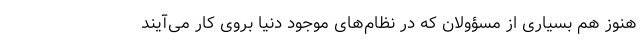
هنوز هم بسیاری از مسؤولان که در نظام‌های موجود دنیا بروی کار می‌آیند